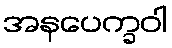
အနပေက္ခဝါ